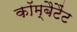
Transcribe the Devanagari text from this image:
कॉम्बैटैंट